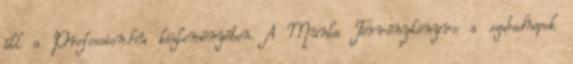
áll a Profession.hu közleményében. A Munka Törvénykönyve a szabadnapok